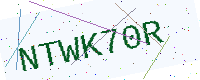
Text: NTWK70R